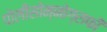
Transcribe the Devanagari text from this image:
पोलीसोम्नोग्राफी